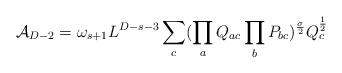
LaTeX: \begin{align*}{\cal A}_{D-2}=\omega_{s+1}L^{D-s-3}\sum_{c}(\prod_aQ_{ac}\prod_bP_{bc}) ^{\sigma\over 2}Q_c^{1\over 2}\end{align*}